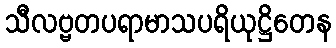
သီလဗ္ဗတပရာမာသပရိယုဋ္ဌိတေန